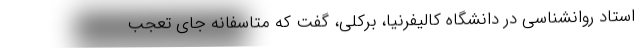
استاد روانشناسی در دانشگاه کالیفرنیا، برکلی، گفت که متاسفانه جای تعجب